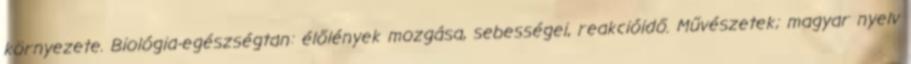
környezete. Biológia-egészségtan: élőlények mozgása, sebességei, reakcióidő. Művészetek; magyar nyelv